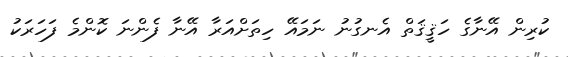
ކުރިން އޭނާގެ ހަޤީޤަތް އެނގުނު ނަމައޭ ހިތަށްއަރާ އޭނާ ފެންނަ ކޮންމެ ފަހަރަކު